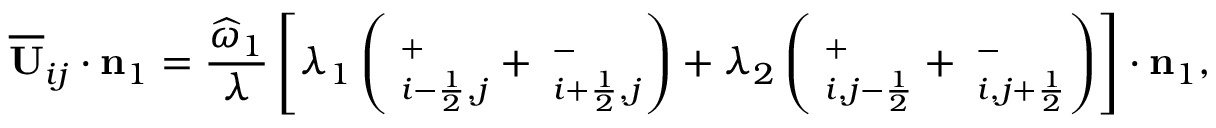
\overline { { \mathbf { U } } } _ { i j } \cdot \mathbf { n } _ { 1 } = \frac { \widehat { \omega } _ { 1 } } { \lambda } \left[ \lambda _ { 1 } \left( { \bf \Pi } _ { i - \frac { 1 } { 2 } , j } ^ { + } + { \bf \Pi } _ { i + \frac { 1 } { 2 } , j } ^ { - } \right) + \lambda _ { 2 } \left( { \bf \Pi } _ { i , j - \frac { 1 } { 2 } } ^ { + } + { \bf \Pi } _ { i , j + \frac { 1 } { 2 } } ^ { - } \right) \right] \cdot \mathbf { n } _ { 1 } ,